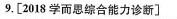
9.[2018学而思综合能力诊断]